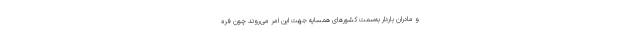
و مادران باردار به‌سمت کشورهای همسایه جهت این امر می‌روند چون فره